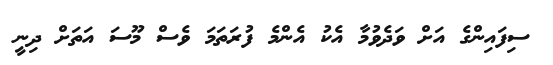
ސިފައިންގެ އަށް ވަދެވުމާ އެކު އެންމެ ފުރަތަމަ ވެސް މޫސަ އަތަށް ދިނީ